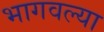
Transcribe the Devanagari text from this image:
भागवल्या